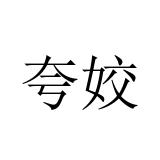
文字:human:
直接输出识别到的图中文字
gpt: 夸姣